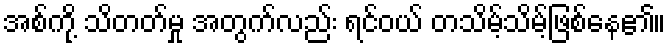
အစ်ကို့ သိတတ်မှု အတွက်လည်း ရင်ဝယ် တသိမ့်သိမ့်ဖြစ်နေ၏။